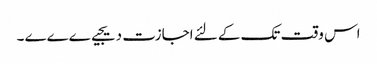
اس وقت تک کے لئے اجازت دیجیےےےے ۔